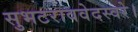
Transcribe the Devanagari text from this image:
सुभटराववेदस्वरे।